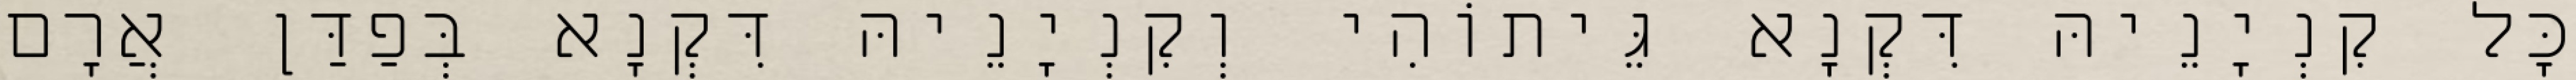
כָּל קִנְיָנֵיהּ דִּקְנָא גֵּיתוֹהִי וְקִנְיָנֵיהּ דִּקְנָא בְּפַדַּן אֲרָם